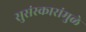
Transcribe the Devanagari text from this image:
सुसंस्कारांमुळे